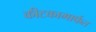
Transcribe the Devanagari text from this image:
कीटकामार्फत